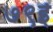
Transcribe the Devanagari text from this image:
७९ई